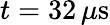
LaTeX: t=32\, \mu\mathrm{s}